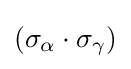
(\sigma _{\alpha }\cdot \sigma _{\gamma })